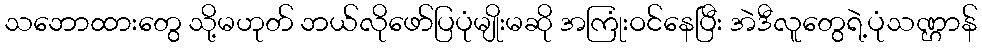
သဘောထားတွေ သို့မဟုတ် ဘယ်လိုဖော်ပြပုံမျိုးမဆို အကြုံးဝင်နေပြီး အဲဒီလူတွေရဲ့ပုံသဏ္ဌာန်